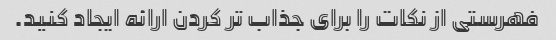
فهرستی از نکات را برای جذاب تر کردن ارائه ایجاد کنید.